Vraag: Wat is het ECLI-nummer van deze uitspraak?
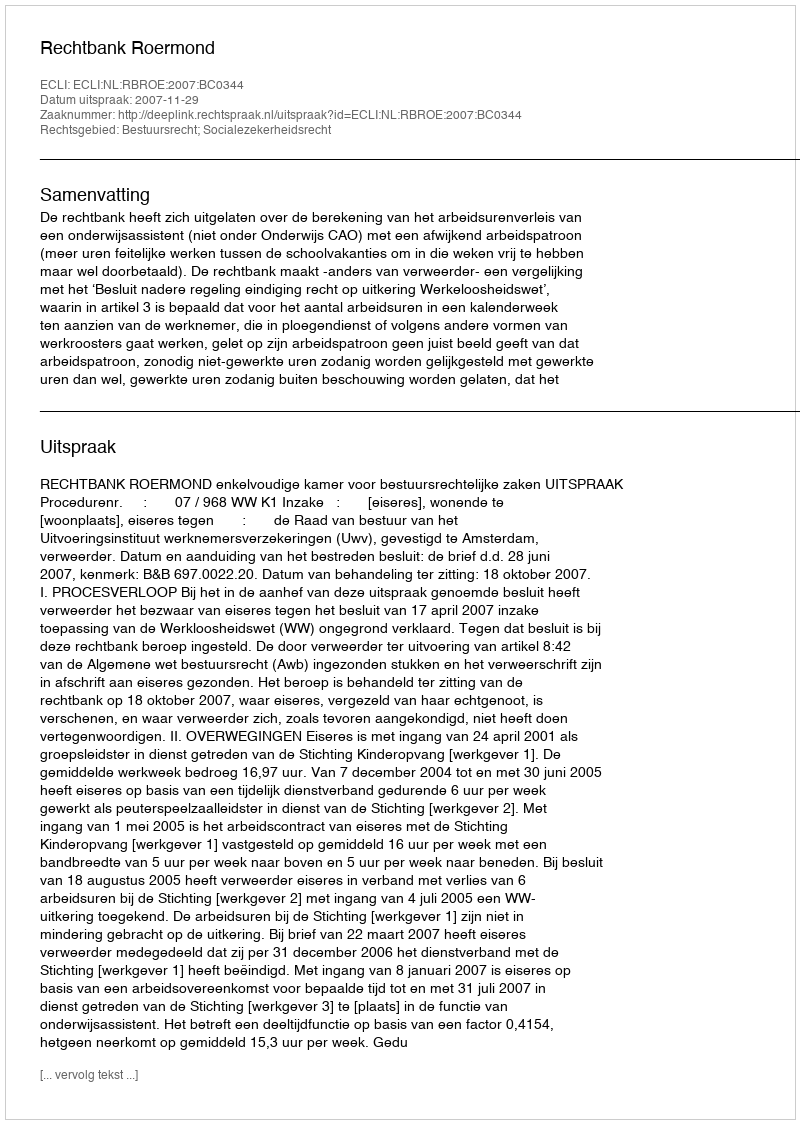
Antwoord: ECLI:NL:RBROE:2007:BC0344